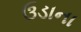
ઉડાના